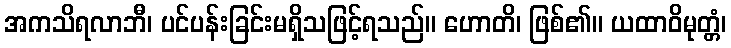
အကသိရလာဘီ၊ ပင်ပန်းခြင်းမရှိသဖြင့်ရသည်။ ဟောတိ၊ ဖြစ်၏။ ယထာဝိမုတ္တံ၊